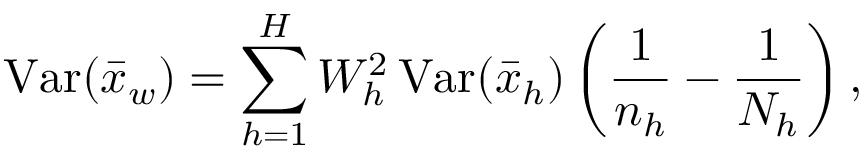
\operatorname { V a r } ( { \bar { x } } _ { w } ) = \sum _ { h = 1 } ^ { H } W _ { h } ^ { 2 } \operatorname { V a r } ( { \bar { x } } _ { h } ) \left( { \frac { 1 } { n _ { h } } } - { \frac { 1 } { N _ { h } } } \right) ,